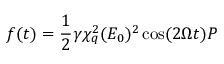
f ( t ) = \frac { 1 } { 2 } \gamma \chi _ { q } ^ { 2 } ( E _ { 0 } ) ^ { 2 } \cos ( 2 \Omega t ) P